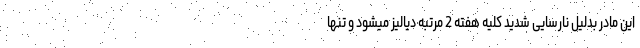
این مادر بدلیل نارسایی شدید کلیه هفته 2 مرتبه دیالیز میشود و تنها